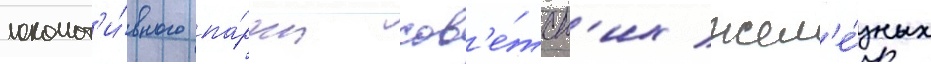
локомот'и́вного па́рка сов'е́тск'их жел'е́зных